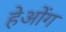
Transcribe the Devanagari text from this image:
हेओंग